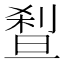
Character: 𰄼